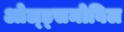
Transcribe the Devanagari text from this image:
ओल्ड्समोबिल